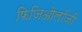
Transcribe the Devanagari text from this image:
फिजिओलॉजी